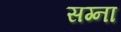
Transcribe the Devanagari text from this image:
सग्ना